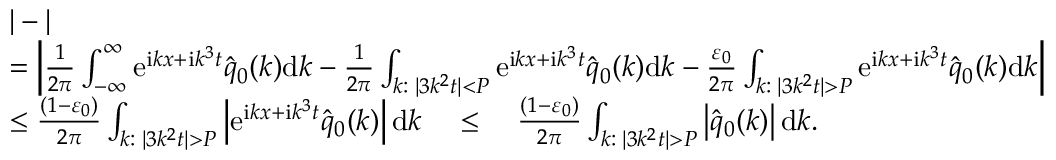
\begin{array} { r l } & { | - | } \\ & { = \left| \frac { 1 } { 2 \pi } \int _ { - \infty } ^ { \infty } \mathrm e ^ { \mathrm i k x + \mathrm i k ^ { 3 } t } \hat { q } _ { 0 } ( k ) \mathrm d k - \frac { 1 } { 2 \pi } \int \displaylimits _ { k : \; | 3 k ^ { 2 } t | < P } \mathrm e ^ { \mathrm i k x + \mathrm i k ^ { 3 } t } \hat { q } _ { 0 } ( k ) \mathrm d k - \frac { \varepsilon _ { 0 } } { 2 \pi } \int \displaylimits _ { k : \; | 3 k ^ { 2 } t | > P } \mathrm e ^ { \mathrm i k x + \mathrm i k ^ { 3 } t } \hat { q } _ { 0 } ( k ) \mathrm d k \right| } \\ & { \leq \frac { ( 1 - \varepsilon _ { 0 } ) } { 2 \pi } \int \displaylimits _ { k : \; | 3 k ^ { 2 } t | > P } \left| \mathrm e ^ { \mathrm i k x + \mathrm i k ^ { 3 } t } \hat { q } _ { 0 } ( k ) \right| \mathrm d k \quad \leq \quad \frac { ( 1 - \varepsilon _ { 0 } ) } { 2 \pi } \int \displaylimits _ { k : \; | 3 k ^ { 2 } t | > P } \left| \hat { q } _ { 0 } ( k ) \right| \mathrm d k . } \end{array}